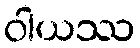
ဝါယဿ